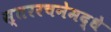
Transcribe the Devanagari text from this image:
स्तररचनेमद्धे